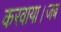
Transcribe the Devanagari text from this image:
करवाया।जब